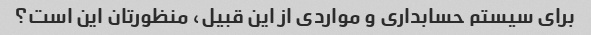
برای سیستم حسابداری و مواردی از این قبیل، منظورتان این است؟